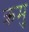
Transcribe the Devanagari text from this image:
क्रमु